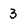
Character: 3